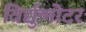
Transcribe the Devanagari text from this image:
विर्द्युन्मोटर